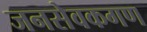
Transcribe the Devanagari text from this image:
जनसेवकगण